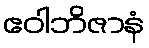
ဧဝါဘိဇာနံ